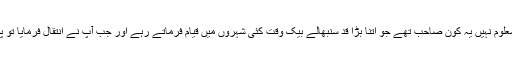
نوگزے کی قبر ہے جو قریب قریب ہر شہر میں موجود ہے، معلوم نہیں یہ کون صاحب تھے جو اتنا بڑا قد سنبھالے بیک وقت کئی شہروں میں قیام فرماتے رہے اور جب آپ نے انتقال فرمایا تو پورے نو گز قد کے ساتھ تمام شہروں میں ایک ہی وقت فرمایا۔